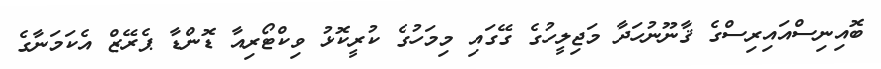
ބޮއިނިސްއައިރިސްގެ ޤާނޫނުހަދާ މަޖިލީހުގެ ގޭގައި މިމަހުގެ ކުރީކޮޅު ވިކްޓޯރިއާ ޑޮންޑާ ޕެރޭޒް އެކަމަނާގެ